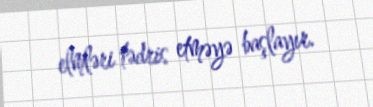
elmləri tədris etməyə başlayır.